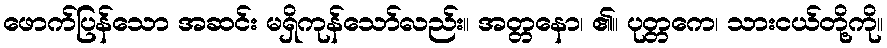
ဖောက်ပြန်သော အဆင်း မရှိကုန်သော်လည်း။ အတ္တနော၊ ၏။ ပုတ္တကေ၊ သားငယ်တို့ကို။